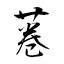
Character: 菤